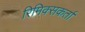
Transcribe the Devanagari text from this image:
रिमिक्सकर्ता